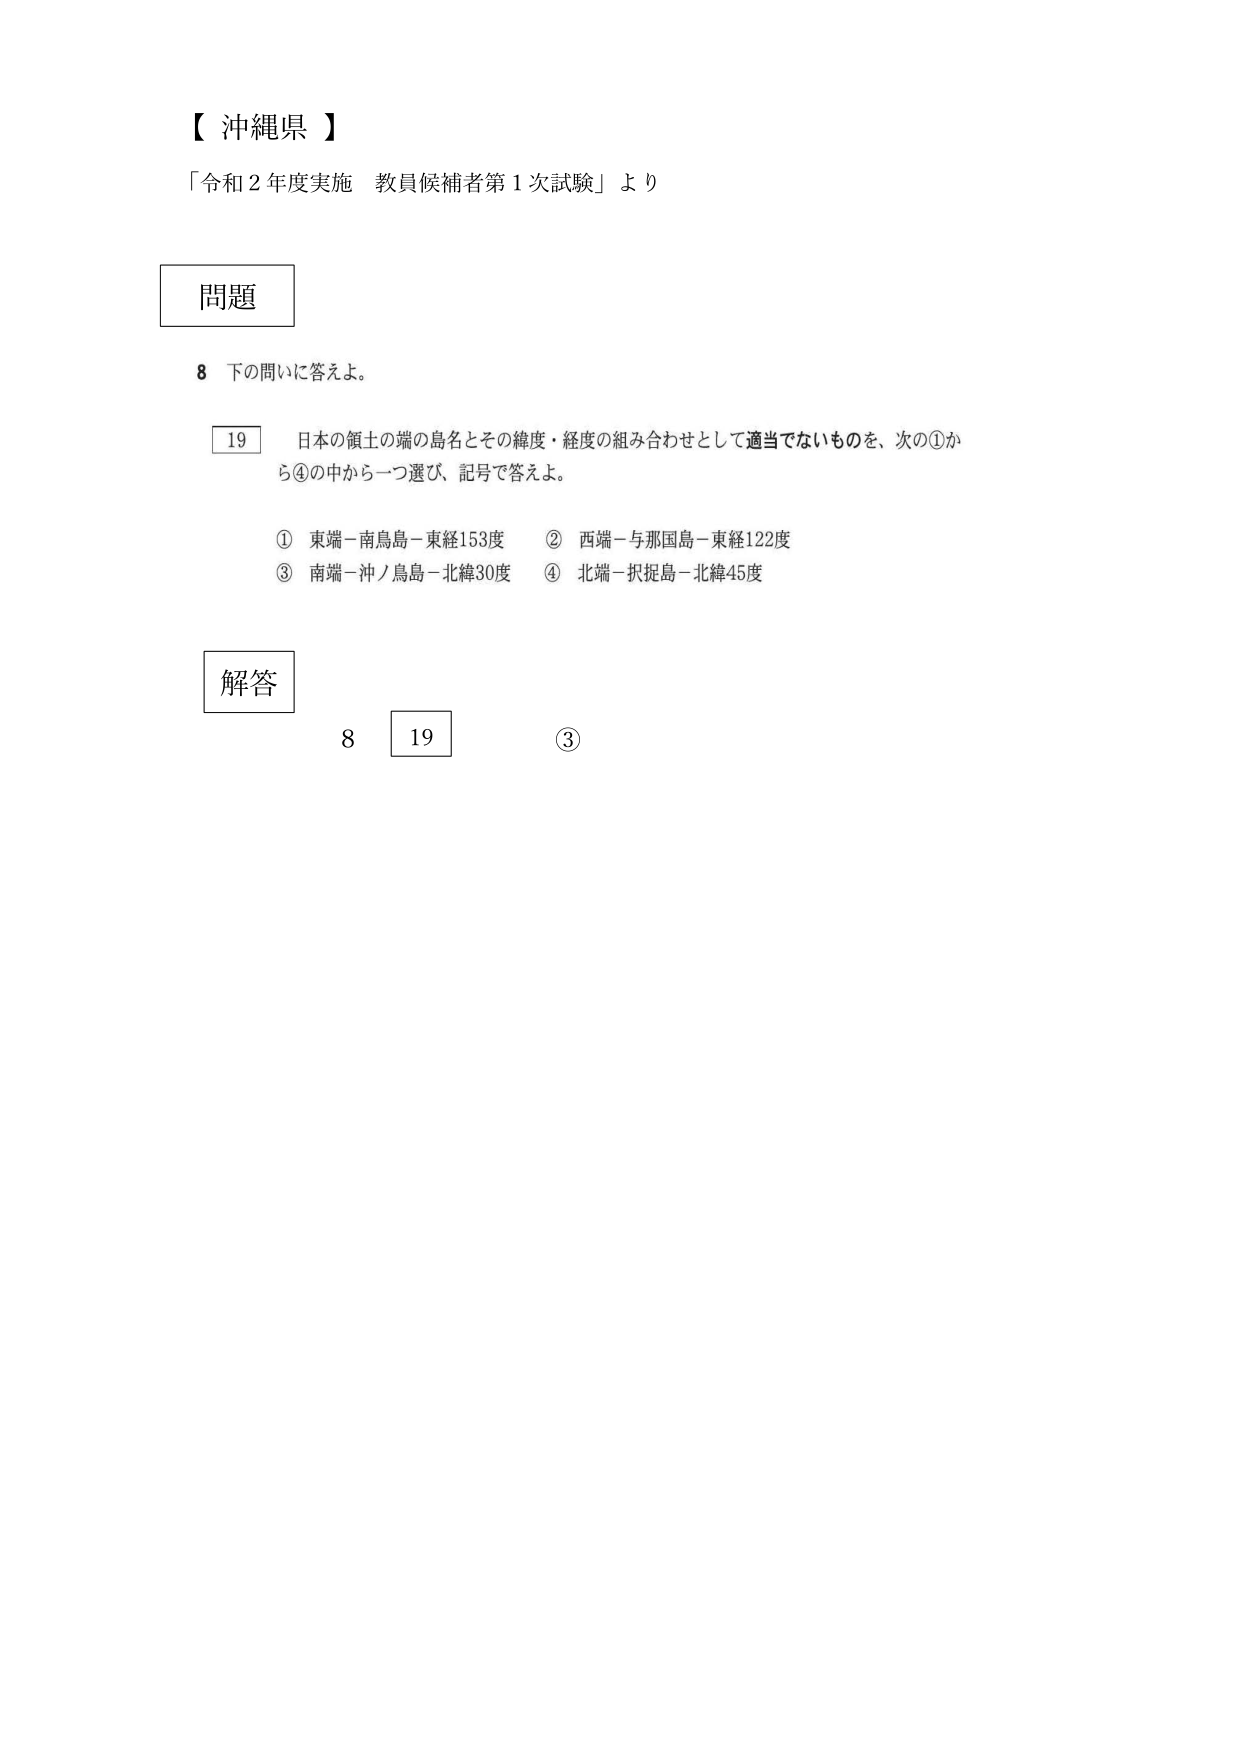
【沖縄県】

「令和２年度実施 教員候補者第１次試験」より

問題

8 下の問いに答えよ。

19 日本の領土の端の島名とその緯度・経度の組み合わせとして適当でないものを、次の①から④の中から一つ選び、記号で答えよ。

① 東端－南鳥島－東経153度　　② 西端－与那国島－東経122度
③ 南端－沖ノ鳥島－北緯30度　　④ 北端－択捉島－北緯45度

解答

8　19　③